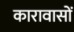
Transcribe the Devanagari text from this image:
कारावासों